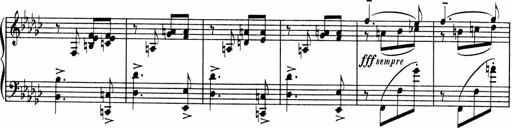
Title: Sonatine pour piano
Composer: Albert Roussel